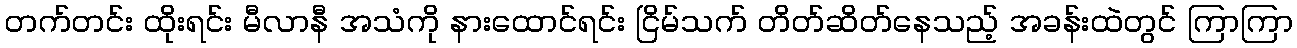
တက်တင်း ထိုးရင်း မီလာနီ အသံကို နားထောင်ရင်း ငြိမ်သက် တိတ်ဆိတ်နေသည့် အခန်းထဲတွင် ကြာကြာ